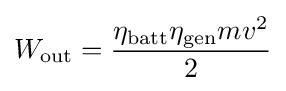
W_{\text{out}}={\frac {\eta _{\text{batt}}\eta _{\text{gen}}mv^{2}}{2}}